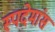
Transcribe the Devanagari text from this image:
स्पदेमांस